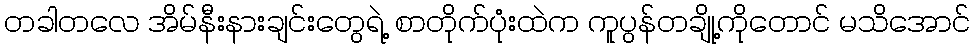
တခါတလေ အိမ်နီးနားချင်းတွေရဲ့ စာတိုက်ပုံးထဲက ကူပွန်တချို့ကိုတောင် မသိအောင်